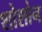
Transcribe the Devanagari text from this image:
शोशोन